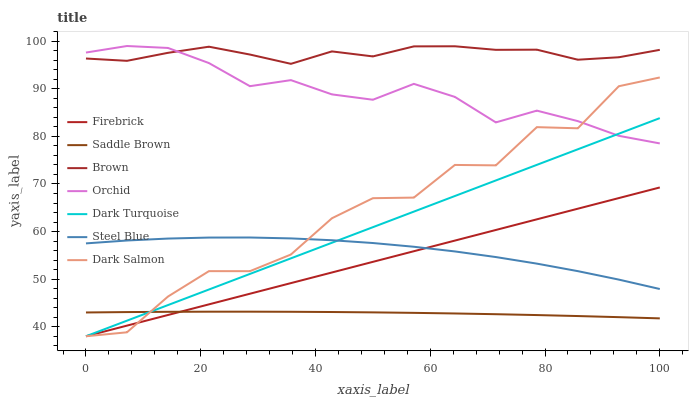
| xaxis_label | Firebrick | Saddle Brown | Brown | Orchid | Dark Turquoise | Steel Blue | Dark Salmon |
 | --- | --- | --- | --- | --- | --- | --- | --- |
 | 0 | 38 | 43 | 96.4 | 97.6 | 38 | 57.5 | 38 |
 | 7.14 | 40.2 | 43.1 | 95.9 | 99 | 41.3 | 58.1 | 38.8 |
 | 14.3 | 42.5 | 43.1 | 97.6 | 98.6 | 44.5 | 58.5 | 46.3 |
 | 21.4 | 44.7 | 43.2 | 98.9 | 95.4 | 47.8 | 58.7 | 51.7 |
 | 28.6 | 46.9 | 43.2 | 97.2 | 90.6 | 51.1 | 58.8 | 51.7 |
 | 35.7 | 49.2 | 43.1 | 95.3 | 91.8 | 54.4 | 58.6 | 55.2 |
 | 42.9 | 51.4 | 43.1 | 97.9 | 88.8 | 57.6 | 58.2 | 62.8 |
 | 50 | 53.6 | 43 | 96.8 | 87.7 | 60.9 | 57.6 | 67 |
 | 57.1 | 55.9 | 42.9 | 98.9 | 91 | 64.2 | 56.8 | 67.1 |
 | 64.3 | 58.1 | 42.8 | 98.9 | 88.3 | 67.5 | 55.8 | 74 |
 | 71.4 | 60.3 | 42.6 | 98.2 | 82.9 | 70.7 | 54.6 | 73.9 |
 | 78.6 | 62.6 | 42.5 | 98.2 | 85.4 | 74 | 53.3 | 81.9 |
 | 85.7 | 64.8 | 42.2 | 96.1 | 83.2 | 77.3 | 51.7 | 81.7 |
 | 92.9 | 67 | 42 | 96.6 | 80.1 | 80.6 | 49.9 | 90.5 |
 | 100 | 69.3 | 41.8 | 98.2 | 78.5 | 83.8 | 47.9 | 92.4 |